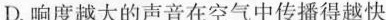
D.响度越大的声音在空气中传播得越快